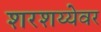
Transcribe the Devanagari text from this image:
शरशय्येवर